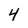
Character: 4